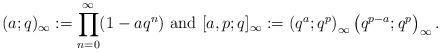
LaTeX: \begin{align*}(a;q)_{\infty}:=\prod^{\infty}_{n=0}(1-aq^n)\textrm{ and }[a,p;q]_{\infty}:=\left(q^a;q^p\right)_{\infty} \left(q^{p-a};q^p\right)_{\infty}.\end{align*}